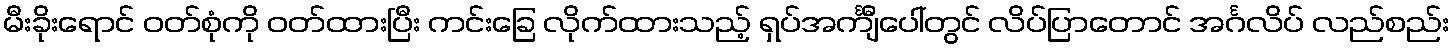
မီးခိုးရောင် ဝတ်စုံကို ဝတ်ထားပြီး ကင်းခြေ လိုက်ထားသည့် ရှပ်အင်္ကျီပေါ်တွင် လိပ်ပြာတောင် အင်္ဂလိပ် လည်စည်း